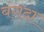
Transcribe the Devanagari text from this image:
बंगदा